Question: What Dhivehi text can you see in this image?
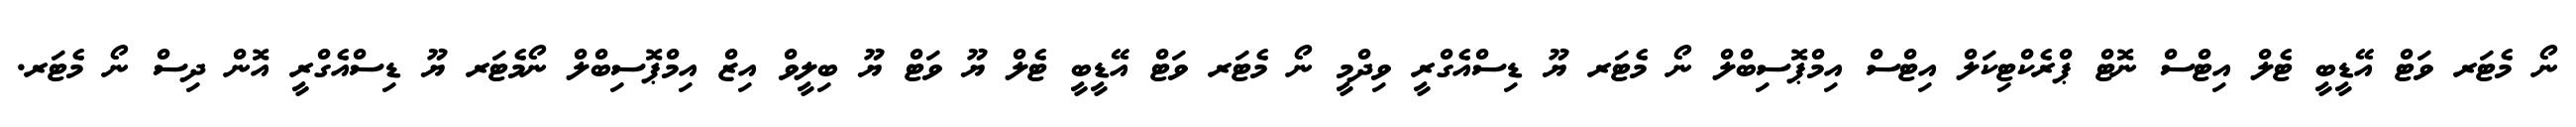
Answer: ނޯ މެޓަރ ވަޓް އޭޑީބީ ޓެލް އިޓްސް ނޮޓް ޕްރެކްޓިކަލް އިޓްސް އިމްޕޮސިބްލް ނޯ މެޓަރ ޔޫ ޑިސްއެގްރީ ވިދްމީ ނޯ މެޓަރ ވަޓް އޭޑީބީ ޓެލް ޔޫ ވަޓް ޔޫ ބިލީވް އިޒް އިމްޕޮސިބްލް ނޯމެޓަރ ޔޫ ޑިސްއެގްރީ އޮން ދިސް ނޯ މެޓަރ.